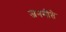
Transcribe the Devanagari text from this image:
जननीते